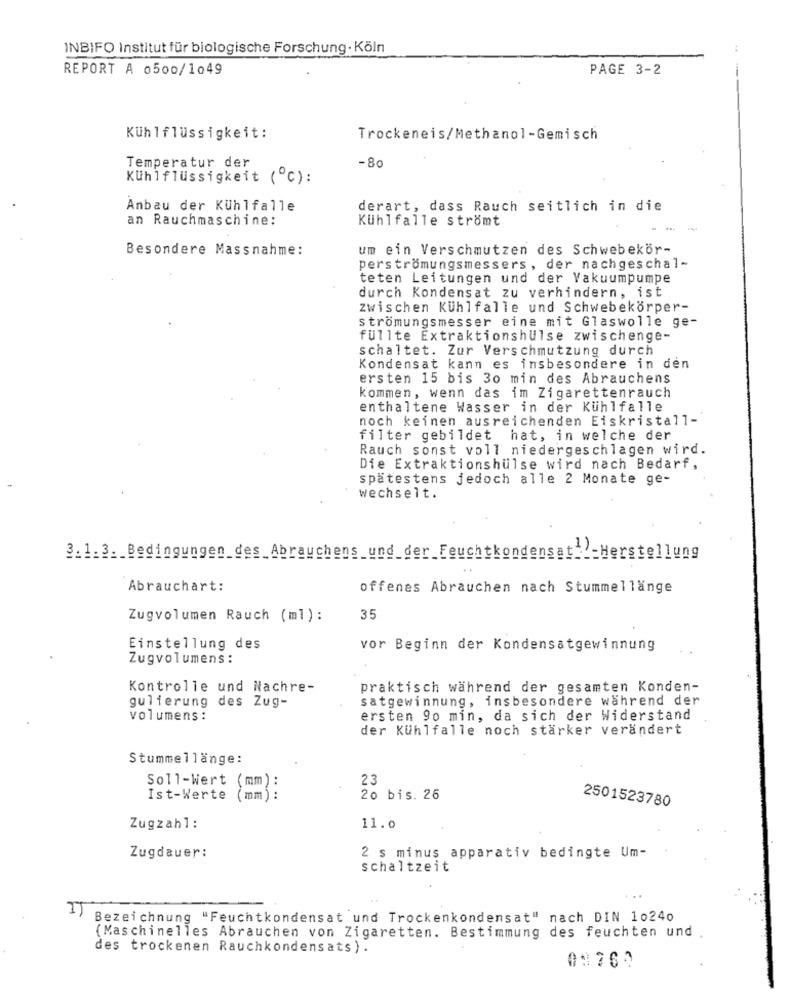
INBIFO Institut für biologische Forschung- Köln
REPORT A 0500/1049
PAGE 3-2
Kühlflüssigkeit:
Trockeneis/Methanol-Gemisch
-80
Temperatur der
Kühlflüssigkeit (℃):
Anbau der Kühlfalle
derart, dass Rauch seitlich in die
an Rauchmaschine:
Kühlfalle strömt
-
Besondere Massnahme:
um ein Verschmutzen des Schwebekör-
perströmungsmessers, der nachgeschal-
teten Leitungen und der Vakuumpumpe
durch Kondensat zu verhindern, ist
zwischen Kuhlfalle und Schwebekörper-
strömungsmesser eine mit Glaswolle ge-
füllte Extraktionshülse zwischenge-
schaltet. Zur Verschmutzung durch
Kondensat kann es insbesondere in den
ersten 15 bis 30 min des Abrauchens
kommen, wenn das im Zigarettenrauch
enthaltene Wasser in der Kühlfalle
noch keinen ausreichenden Eiskristall-
filter gebildet hat, in welche der
Rauch sonst voll niedergeschlagen wird.
Die Extraktionshülse wird nach Bedarf,
spätestens jedoch alle 2 Monate ge-
wechselt.
3.1.3. Bedingungen des_Abrauchens und der Feuchtkondensat ___ Herstellung
Abrauchart:
offenes Abrauchen nach Stummellänge
Zugvolumen Rauch (ml):
35
Einstellung des
vor Beginn der Kondensatgewinnung
Zugvolumens:
Kontrolle und Nachre-
praktisch während der gesamten Konden-
gulierung des Zug-
satgewinnung, insbesondere während der
volumens :
ersten 90 min, da sich der Widerstand
der Kühlfalle noch stärker verändert
Stummellänge:
23
Soll-Wert (mm):
Ist-Werte (mm) :
20 bis. 26
2501523780
Zugzahl:
11.0
Zugdauer:
2 s minus apparativ bedingte Um-
schaltzeit
Bezeichnung "Feuchtkondensat und Trockenkondensat" nach DIN 10240
(Maschinelles Abrauchen von Zigaretten. Bestimmung des feuchten und
des trockenen Rauchkondensats) .
01760